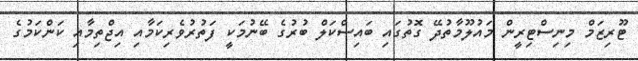
ޓޫރިޒަމް މިނިސްޓިރީން މައުލޫމާތުދޭ ގޮތުގައި ބައިސްކަލް ބުރުގެ ބޭނުމަކީ ފަތުރުވެރިކަމާއި އިޖްތިމާއި ކަންކަމުގެ